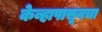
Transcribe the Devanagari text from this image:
केव्हापासूनचा